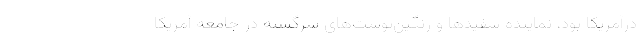
درآمریکا بود، نماینده سفیدها و رنگین‌پوست‌های سرگشته در جامعه آمریکا